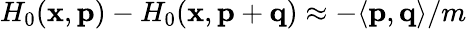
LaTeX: H_{0}(\mathbf{x},\mathbf{p})-H_{0}(\mathbf{x},\mathbf{p}+\mathbf{q})\approx-\langle\mathbf{p},\mathbf{q}\rangle/m